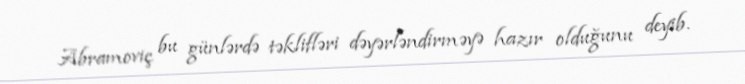
Abramoviç bu günlərdə təklifləri dəyərləndirməyə hazır olduğunu deyib.